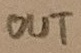
Text: OUT